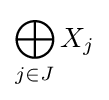
\bigoplus _{j\in J}X_{j}